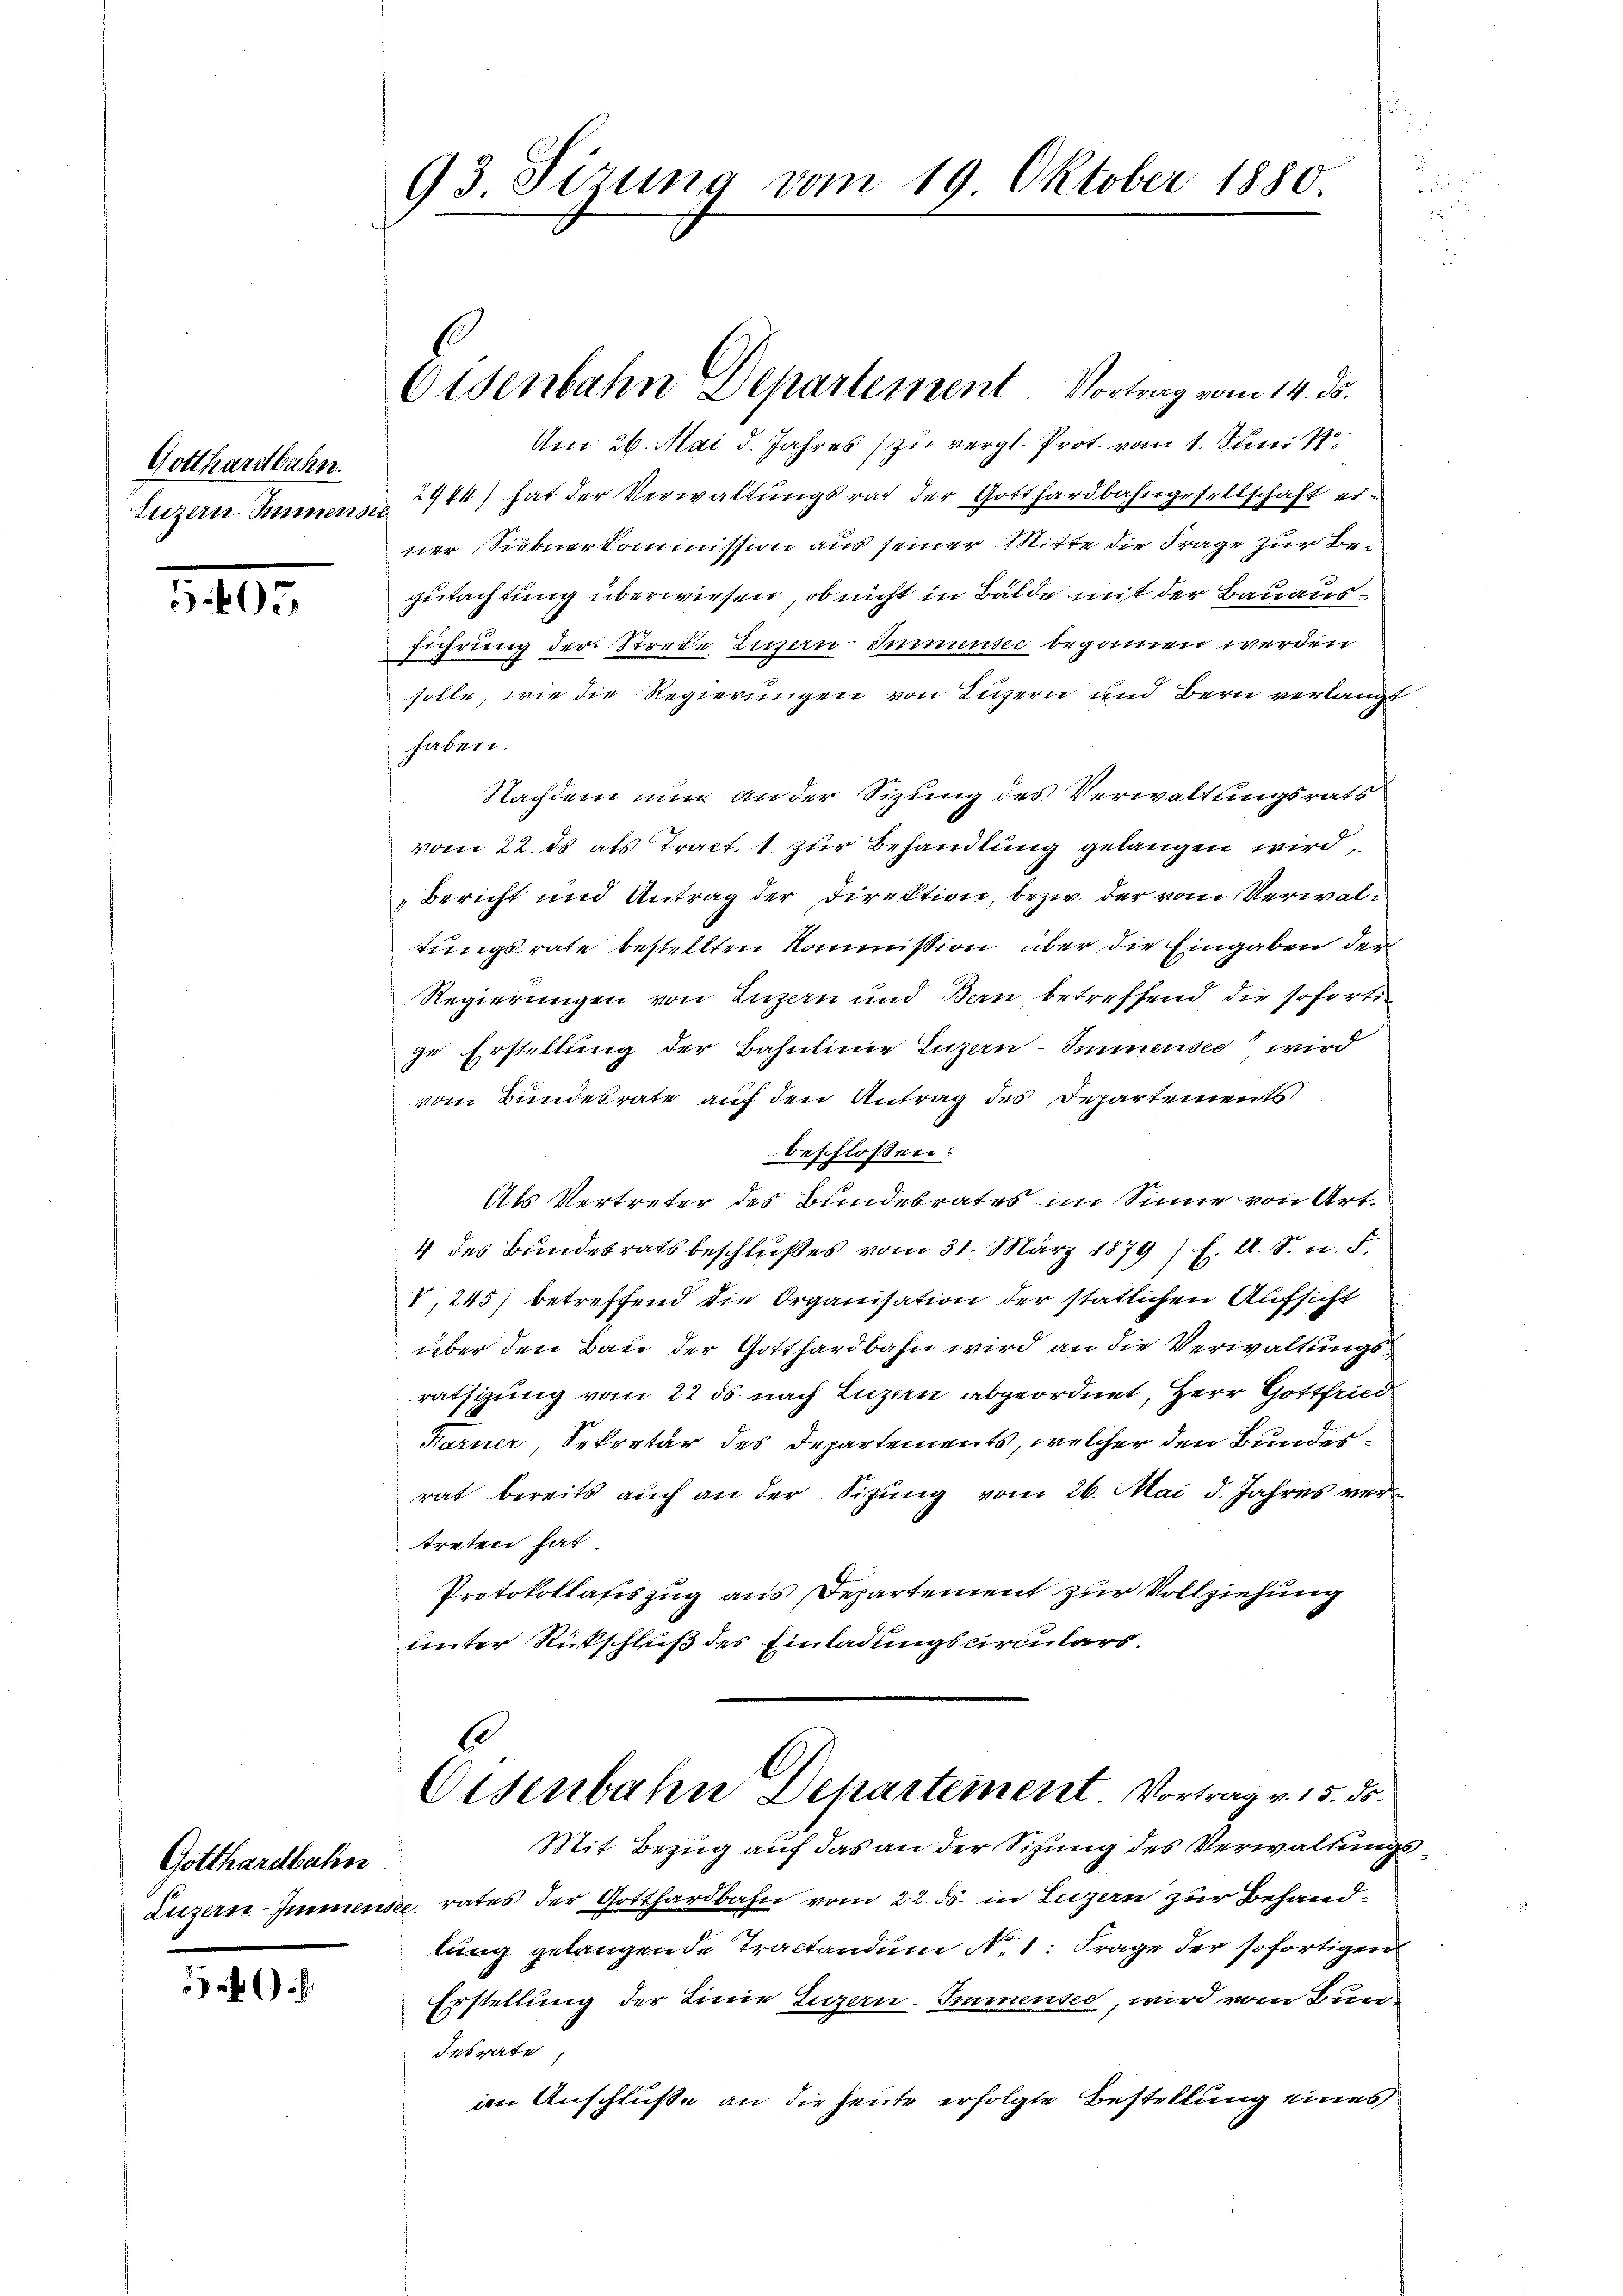
Gotthardbahn.
Luzern Sinnens

5405

Gotthardbahn

93. Sizung vom 19. Oktober 1880.

Eisenbahn Departement Vortrag vom 14. ds.

Am 26. Mai d. Jahres zu vergl. Prot. vom 1. Juni 18
2944) hat der Verwaltungsrat der Gotthardbahngesellschaft ei¬
.
ner Siebnerkommission aus seiner Mitte die Frage zur Begutachtung überwiesen, ob nicht in Bälde mit der Bauausführung der Streke Luzern Innensee begonnen werden
solle, wie die Regierungen von Luzern und Bern verlangt
haben.
Nachdem nun an der Sizung des Verwaltungsrats
vom 22. ds als Tract. 1 zur Behandlung gelangen wird,
Bericht und Antrag der Direktion, bezw. der vom Verwaltungsrate bestellten Kommission über die Eingaben der
Regierungen von Luzern und Bern betreffend die sofortige Erstellung der Bahnlinie Luzern-Smmnensee wird
vom Bundesrate auf den Antrag des Departements
beschlossen:
Als Vertreter des Bundesrates im Sinne von Art.
4 des Bundesrats beschlußes vom 31. März 1879. / f. A. S. u. F.
V,245) betreffend die Organisation der statlichen Aufsicht
über den Bau der Gotthardbahn wird an die Verwaltungsratsgung vom 22. ds nach Luzern abgeordnet, Herr Gottfried
Karner, Sekretär des Departements, welcher den Bundesrat bereits auch an der Sitzung vom 26. Mai d. Jahres vertreten hat.
Protokollasiszug aus Departement zur Vollziehung
unter Rückschluß des Einladungscirculars.
Eisenbahn Departement Vortrag v. 15. ds.
Mit Bezug auf das an der Sizung des Verwaltungs¬
Luzern Immensee rates der Gotthardbahn vom 22. ds. in Luzern zur Behandlung gelangende Tractandum No. 1: Frage der sofortigen
Erstellung der Linie Luzern. Immensee, wird vom Bun¬
Insrate
im Anschlüße an die heute erfolgte Bestellung eines